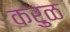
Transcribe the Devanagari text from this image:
करुळ